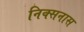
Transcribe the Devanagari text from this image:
निक्सनास